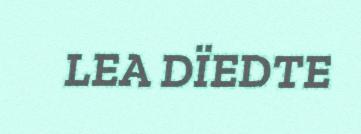
LEA DÏEDTE